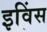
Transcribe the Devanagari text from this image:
इविंस